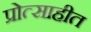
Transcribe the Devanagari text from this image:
प्रोत्साहीत